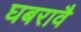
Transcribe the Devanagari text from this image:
घबरावै